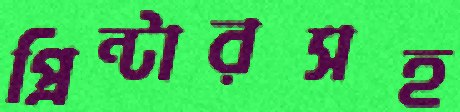
প্রিন্টারসহ